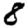
Digit: 8